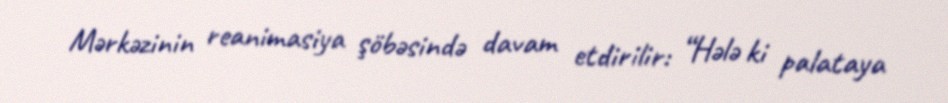
Mərkəzinin reanimasiya şöbəsində davam etdirilir: “Hələ ki palataya